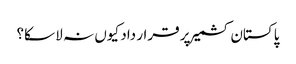
پاکستان کشمیر پر قرار داد کیوں نہ لا سکا؟